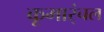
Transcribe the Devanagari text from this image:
कूमार्ंचल